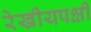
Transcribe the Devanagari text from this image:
रेखीयपक्षी